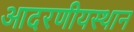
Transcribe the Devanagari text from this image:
आदरणीयस्थान